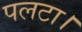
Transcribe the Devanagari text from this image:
पलटा।